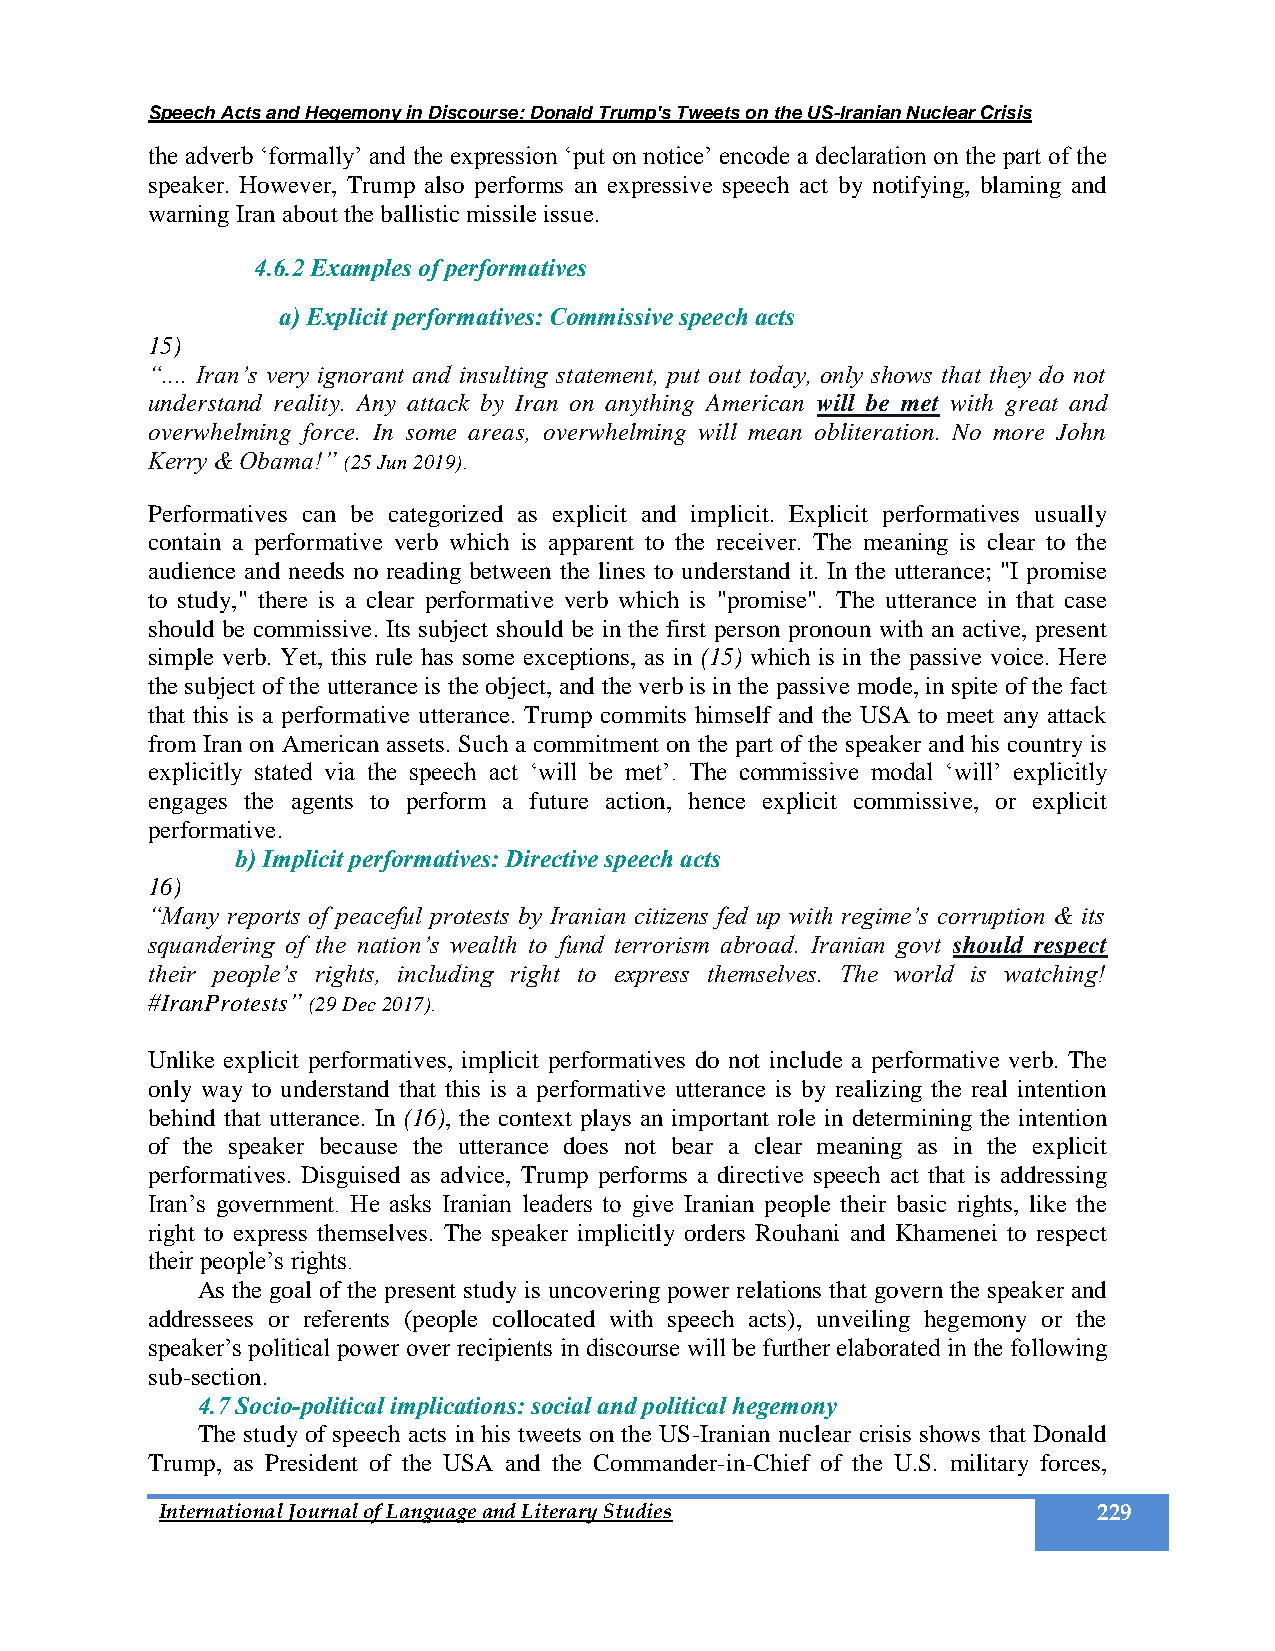
Speech Acts and Hegemony in Discourse: Donald Trump's Tweets on the US-Iranian Nuclear Crisis
 the adverb ‘formally’ and the expression ‘put on notice’ encode a declaration on the part of the
 speaker. However, Trump also performs an expressive speech act by notifying, blaming and
 warning Iran about the ballistic missile issue.
 4.6.2 Examples of performatives
 a) Explicit performatives: Commissive speech acts
 15)
 “.... Iran’s very ignorant and insulting statement, put out today, only shows that they do not
 understand reality. Any attack by Iran on anything American will be met with great and
 overwhelming force. In some areas, overwhelming will mean obliteration. No more John
 Kerry & Obama!” (25 Jun 2019).
 Performatives can be categorized as explicit and implicit. Explicit performatives usually
 contain a performative verb which is apparent to the receiver. The meaning is clear to the
 audience and needs no reading between the lines to understand it. In the utterance; "I promise
 to study," there is a clear performative verb which is "promise". The utterance in that case
 should be commissive. Its subject should be in the first person pronoun with an active, present
 simple verb. Yet, this rule has some exceptions, as in (15) which is in the passive voice. Here
 the subject of the utterance is the object, and the verb is in the passive mode, in spite of the fact
 that this is a performative utterance. Trump commits himself and the USA to meet any attack
 from Iran on American assets. Such a commitment on the part of the speaker and his country is
 explicitly stated via the speech act ‘will be met’. The commissive modal ‘will’ explicitly
 engages the agents to perform a future action, hence explicit commissive, or explicit
 performative.
 b) Implicit performatives: Directive speech acts
 16)
 “Many reports of peaceful protests by Iranian citizens fed up with regime’s corruption & its
 squandering of the nation’s wealth to fund terrorism abroad. Iranian govt should respect
 their people’s rights, including right to express themselves. The world is watching!
 #IranProtests” (29 Dec 2017).
 Unlike explicit performatives, implicit performatives do not include a performative verb. The
 only way to understand that this is a performative utterance is by realizing the real intention
 behind that utterance. In (16), the context plays an important role in determining the intention
 of the speaker because the utterance does not bear a clear meaning as in the explicit
 performatives. Disguised as advice, Trump performs a directive speech act that is addressing
 Iran’s government. He asks Iranian leaders to give Iranian people their basic rights, like the
 right to express themselves. The speaker implicitly orders Rouhani and Khamenei to respect
 their people’s rights.
 As the goal of the present study is uncovering power relations that govern the speaker and
 addressees or referents (people collocated with speech acts), unveiling hegemony or the
 speaker’s political power over recipients in discourse will be further elaborated in the following
 sub-section.
 4.7 Socio-political implications: social and political hegemony
 The study of speech acts in his tweets on the US-Iranian nuclear crisis shows that Donald
 Trump, as President of the USA and the Commander-in-Chief of the U.S. military forces,
 International Journal of Language and Literary Studies        229